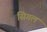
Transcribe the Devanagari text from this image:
सिगल